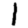
Digit: 1